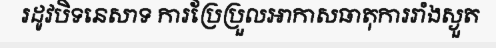
រដូវបិទនេសាទ ការប្រែប្រួលអាកាសធាតុការរាំងស្ងួត